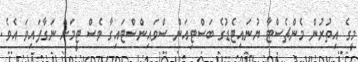
މީގެ އިތުރުން މެންޗެސްޓާ ޔުނައިޓެޑުގެ ބަސްޓިއަން ސްވައިންސްޓައިގާ ވެސް ޓީމަށް ނަގާފައިވަ އެވެ.